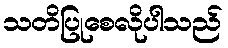
သတိပြုစေလိုပါသည်